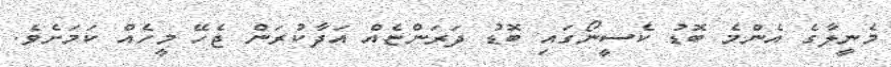
މެނީލާގެ އެންމެ ބޮޑު ކެސީނޯގައި ބޮޑު ދަރަންޏެއް އަދާކުރަން ޖެހޭ މީހެއް ކަމަށެވެ.